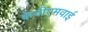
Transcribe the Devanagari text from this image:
केवीएमवाई